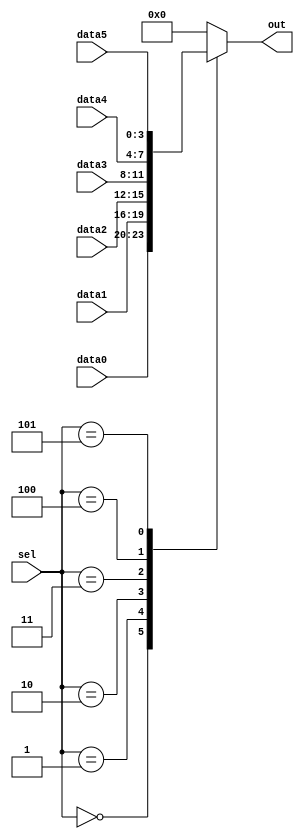
//1.  case  :  
//2.   b000  1'b000
// 3'b000
////3. default 


//1
//   data 0~5 6 
// 6:1   

module top_module(
    input [2:0]sel,
    input [3:0]data0,data1,data2,data3,data4,data5,
    output reg [3:0]out

);

always @(*) begin
    case(sel) 
        3'b000:out=data0;
        3'b001:out=data1;
        3'b010:out=data2;
        3'b011:out=data3;
        3'b100:out=data4;
        3'b101:out=data5;
        default:out=4'b0000;
    // 4'b0000 data 4  4 
    //  0 4'b0000
    // ; 
    endcase

end

//1.  b000  1'b000
// 3'b000

//2.
// case  .  


//3. default 


// always @(*) begin
//     case(sel) 
//     1'b000:out=data0;
//     1'b001:out=data1;
//     1'b010:out=data2;
//     1'b011:out=data3;
//     1'b100:out=data4;
//     1'b101:out=data5;
//     default:out=4'b0000;
//     endcase

// end






//  6:1  
// 101  110 111   


endmodule